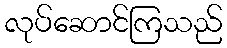
လုပ်ဆောင်ကြသည်